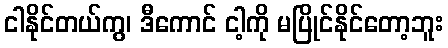
ငါနိုင်တယ်ကွ၊ ဒီကောင် ငါ့ကို မပြိုင်နိုင်တော့ဘူး